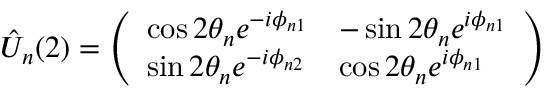
\hat { U } _ { n } ( 2 ) = \left( \begin{array} { l l } { \cos 2 \theta _ { n } e ^ { - i \phi _ { n 1 } } } & { - \sin 2 \theta _ { n } e ^ { i \phi _ { n 1 } } } \\ { \sin 2 \theta _ { n } e ^ { - i \phi _ { n 2 } } } & { \cos 2 \theta _ { n } e ^ { i \phi _ { n 1 } } } \end{array} \right)